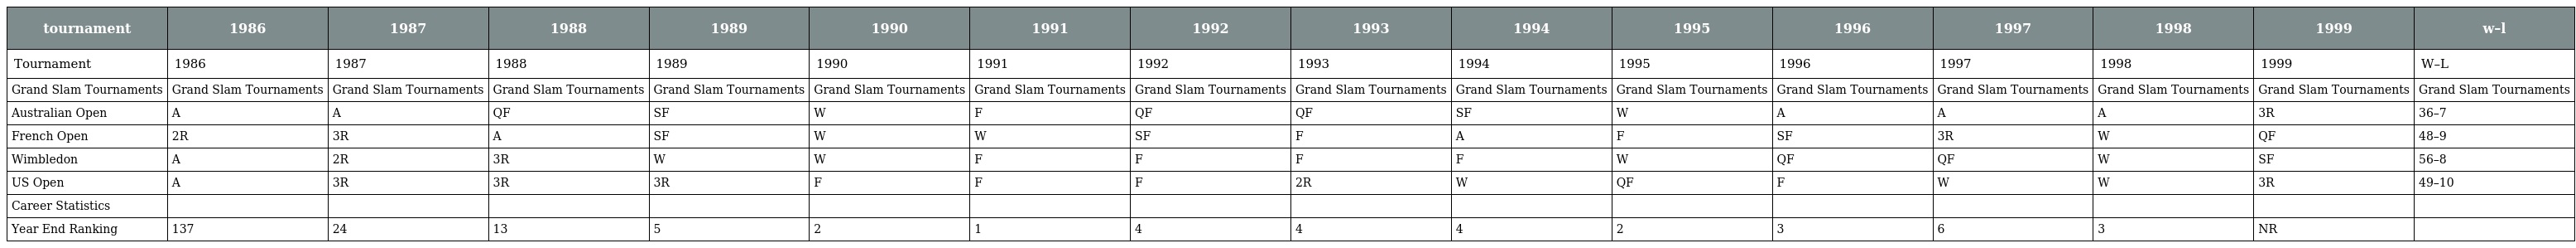
| tournament | 1986 | 1987 | 1988 | 1989 | 1990 | 1991 | 1992 | 1993 | 1994 | 1995 | 1996 | 1997 | 1998 | 1999 | w–l |
 | --- | --- | --- | --- | --- | --- | --- | --- | --- | --- | --- | --- | --- | --- | --- | --- |
 | Tournament | 1986 | 1987 | 1988 | 1989 | 1990 | 1991 | 1992 | 1993 | 1994 | 1995 | 1996 | 1997 | 1998 | 1999 | W–L |
 | Grand Slam Tournaments | Grand Slam Tournaments | Grand Slam Tournaments | Grand Slam Tournaments | Grand Slam Tournaments | Grand Slam Tournaments | Grand Slam Tournaments | Grand Slam Tournaments | Grand Slam Tournaments | Grand Slam Tournaments | Grand Slam Tournaments | Grand Slam Tournaments | Grand Slam Tournaments | Grand Slam Tournaments | Grand Slam Tournaments | Grand Slam Tournaments |
 | Australian Open | A | A | QF | SF | W | F | QF | QF | SF | W | A | A | A | 3R | 36–7 |
 | French Open | 2R | 3R | A | SF | W | W | SF | F | A | F | SF | 3R | W | QF | 48–9 |
 | Wimbledon | A | 2R | 3R | W | W | F | F | F | F | W | QF | QF | W | SF | 56–8 |
 | US Open | A | 3R | 3R | 3R | F | F | F | 2R | W | QF | F | W | W | 3R | 49–10 |
 | Career Statistics |  |  |  |  |  |  |  |  |  |  |  |  |  |  |  |
 | Year End Ranking | 137 | 24 | 13 | 5 | 2 | 1 | 4 | 4 | 4 | 2 | 3 | 6 | 3 | NR |  |